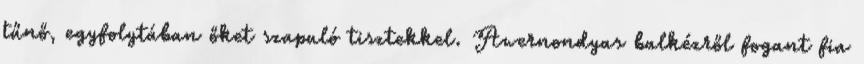
tűnő, egyfolytában őket szapuló tisztekkel. Awernondyas balkézről fogant fia